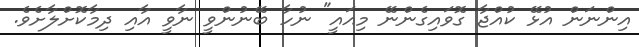
އިންނަން އުޅޭ ކުއްޖާ ގޮވައިގެންނޭ މިއައީ" ނުހާ ބޭނުންވީ ނާވީ އާއި ދިމާކޮށްލާށެވެ.